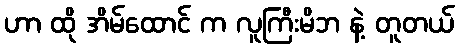
ဟာ ထို အိမ်ထောင် က လူကြီးမိဘ နဲ့ တူတယ်